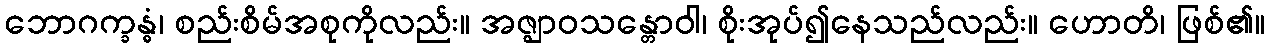
ဘောဂက္ခန္ဓံ၊ စည်းစိမ်အစုကိုလည်း။ အဇ္ဈာဝသန္တောဝါ၊ စိုးအုပ်၍နေသည်လည်း။ ဟောတိ၊ ဖြစ်၏။